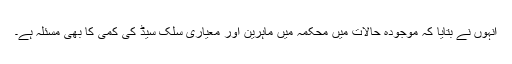
انہوں نے بتایا کہ موجودہ حالات میں محکمہ میں ماہرین اور معیاری سلک سیڈ کی کمی کا بھی مسئلہ ہے۔